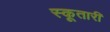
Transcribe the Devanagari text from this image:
स्कूतारी